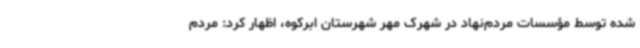
شده توسط مؤسسات مردم‌نهاد در شهرک مهر شهرستان ابرکوه، اظهار کرد: مردم